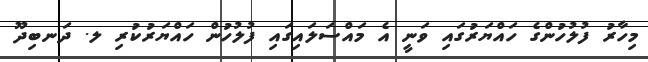
މިހާރު ފުލުހުންގެ ހައްޔަރުގައި ވަނީ އެ މައްސަލައިގައި ފުލުހުން ހައްޔަރުކުރި ލ. ދަނބިދޫ